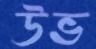
উভ